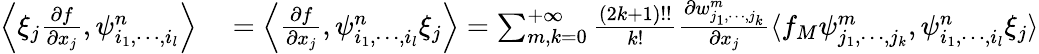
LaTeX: \begin{array}{rl}{\left\langle\xi_{j}\frac{\partial f}{\partial x_{j}},\psi_{i_{1},\cdots,i_{l}}^{n}\right\rangle}&{{}=\left\langle\frac{\partial f}{\partial x_{j}},\psi_{i_{1},\cdots,i_{l}}^{n}\xi_{j}\right\rangle=\sum_{m,k=0}^{+\infty}\frac{(2k+1)!!}{k!}\frac{\partial w_{j_{1},\cdots,j_{k}}^{m}}{\partial x_{j}}\langle f_{M}\psi_{j_{1},\cdots,j_{k}}^{m},\psi_{i_{1},\cdots,i_{l}}^{n}\xi_{j}\rangle}\end{array}